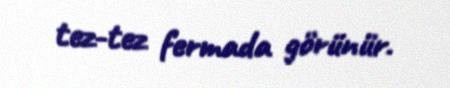
tez-tez fermada görünür.